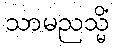
သာမညသ္မိံ